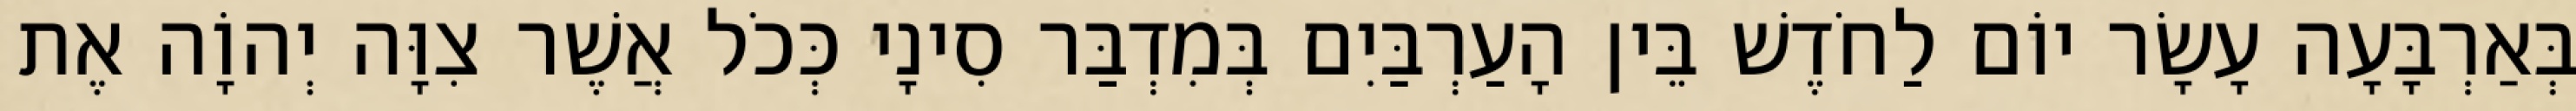
בְּאַרְבָּעָה עָשָׂר יוֹם לַחֹדֶשׁ בֵּין הָעַרְבַּיִם בְּמִדְבַּר סִינָי כְּכֹל אֲשֶׁר צִוָּה יְהוָֹה אֶת